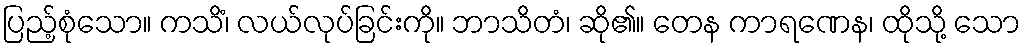
ပြည့်စုံသော။ ကသိံ၊ လယ်လုပ်ခြင်းကို။ ဘာသိတံ၊ ဆို၏။ တေန ကာရဏေန၊ ထိုသို့ သော